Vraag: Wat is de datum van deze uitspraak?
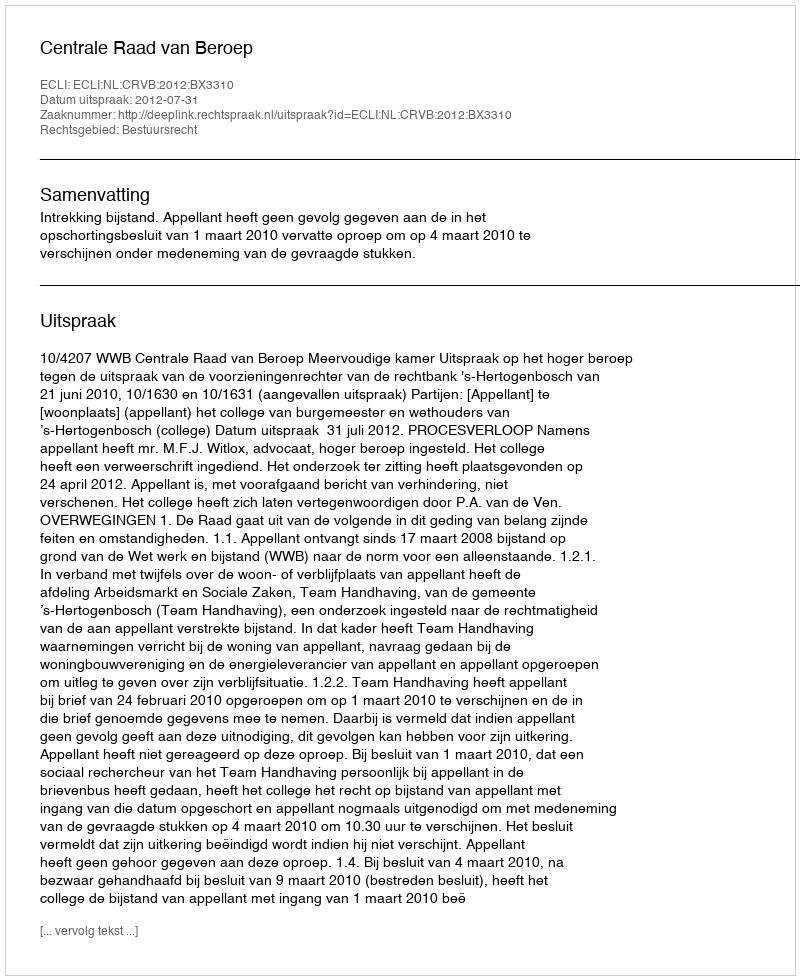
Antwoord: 2012-07-31